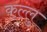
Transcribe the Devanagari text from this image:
कल्लु